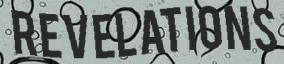
REVELATIONS